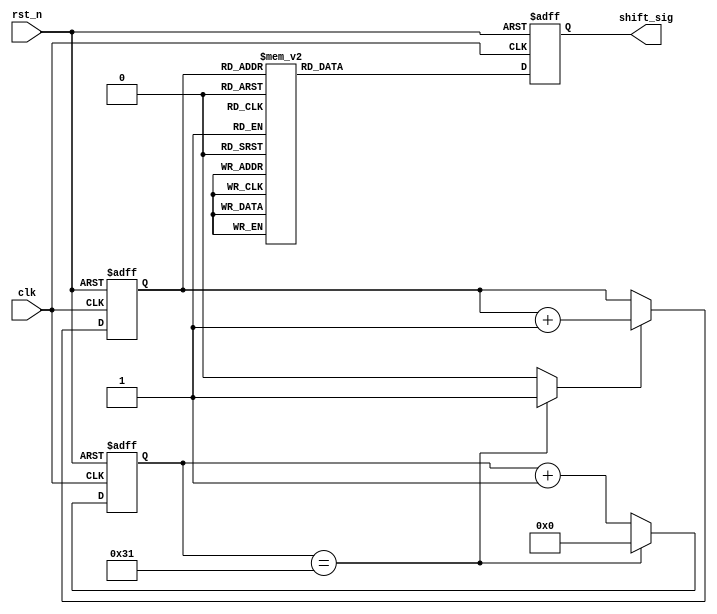
/*-----------------------------------------------------------------------

Date				:		2017-07-26
Description			:		Design for .

-----------------------------------------------------------------------*/

module shift_sig
(
	//global clock
	input					clk,			//system clock
	input					rst_n,     		//sync reset
	
	//shift_sig interface
	output	reg		[7:0]	shift_sig   	//
	
); 


//--------------------------------
//Funtion :  100HZ
//parameter		NUM_100HZ = 32'd499_999;
parameter	NUM_100HZ = 32'd49;
reg			[31:0]		cnt_100hz;

always @(posedge clk or negedge rst_n)
begin
	if(!rst_n)
		cnt_100hz <= 32'd0;
	else if(cnt_100hz == NUM_100HZ)
		cnt_100hz <= 32'd0;
	else
		cnt_100hz <= cnt_100hz + 1;
end

//--------------------------------
//Funtion :  100HZ  
wire		clk_100_value;

assign		clk_100_value = (cnt_100hz == NUM_100HZ) ? 1'b1 : 1'b0;

//--------------------------------
//Funtion :  shift_sig 

reg			[2:0]		shift_state;

always @(posedge clk or negedge rst_n)
begin
	if(!rst_n)
		shift_state <= 3'd0;
	else if(clk_100_value)
		shift_state <= shift_state + 3'd1;
end		


always @(posedge clk or negedge rst_n)
begin
	if(!rst_n)
		shift_sig <= 8'd0;
	else
	case(shift_state)
	3'd0 : shift_sig <= 8'b00000101;
	3'd1 : shift_sig <= 8'b10000010;	
	3'd2 : shift_sig <= 8'b01000001;
	3'd3 : shift_sig <= 8'b10100000;
	3'd4 : shift_sig <= 8'b01010000;
	3'd5 : shift_sig <= 8'b00101000;
	3'd6 : shift_sig <= 8'b00010100;
	3'd7 : shift_sig <= 8'b00001010;
	default : ;
	endcase
end

endmodule